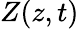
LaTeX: Z(z,t)